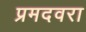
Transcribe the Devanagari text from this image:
प्रमदवरा